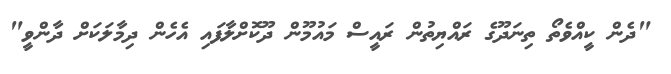
"ދެން ކީއްވެތޯ ތިނަދޫގެ ރައްޔިތުން ރައީސް މައުމޫން ދޫކޮށްލާފައި އެހެން ދިމާލަކަށް ދާންވީ"